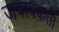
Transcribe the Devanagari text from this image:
जवाबकर्ता